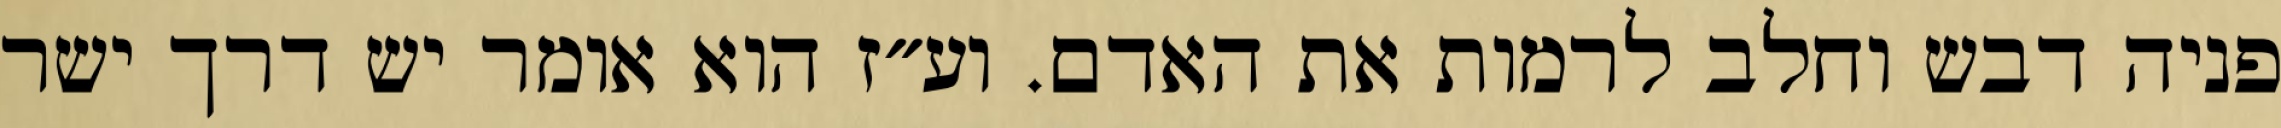
פניה דבש וחלב לרמות את האדם. וע״ז הוא אומר יש דרך ישר